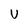
Character: u